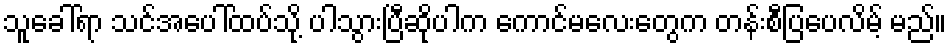
သူခေါ်ရာ သင်အပေါ်ထပ်သို့ ပါသွားပြီဆိုပါက ကောင်မလေးတွေက တန်းစီပြပေလိမ့် မည်။